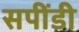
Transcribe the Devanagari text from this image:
सपींडी